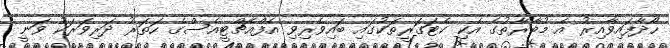
ހޯދާފައިވާއިރު އެ މުބާރާތުގެ އެކި ކެޓަގަރީތަކުގައި ބައިވެރިވި އެފްއެޗްޓީއެސްގެ ހަތަރު ދަރިވަރަކު ވަނީ